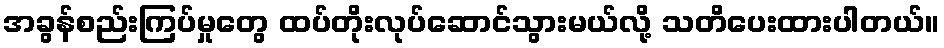
အခွန်စည်းကြပ်မှုတွေ ထပ်တိုးလုပ်ဆောင်သွားမယ်လို့ သတိပေးထားပါတယ်။